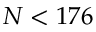
N < 1 7 6